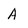
Character: A